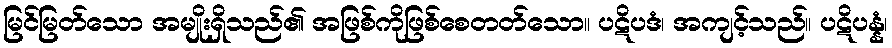
မြင်မြတ်သော အမျိုးရှိသည်၏ အဖြစ်ကိုဖြစ်စေတတ်သော။ ပဋိပဒံ၊ အကျင့်သည်။ ပဋိပန္နံ၊